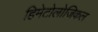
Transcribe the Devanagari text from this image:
हिमेटोलोजिकल